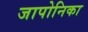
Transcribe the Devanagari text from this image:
जापोनिका